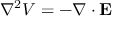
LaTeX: \nabla ^ { 2 } V = - \nabla \cdot \mathbf { E }